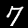
Digit: 7